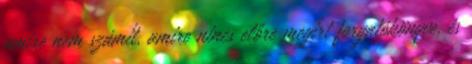
amire nem számít, amire nincs előre megírt forgatókönyve, és